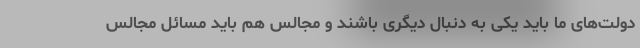
دولت‌های ما باید یکی به دنبال دیگری باشند و مجالس هم باید مسائل مجالس